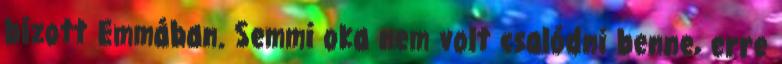
bízott Emmában. Semmi oka nem volt csalódni benne, erre